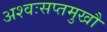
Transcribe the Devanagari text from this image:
अश्वःसप्तमुखौ